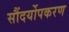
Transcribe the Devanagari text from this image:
सौंदर्योपकरण